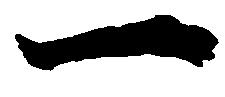
一